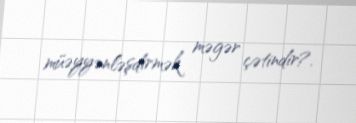
müəyyənləşdirmək məgər çətindir?.